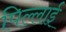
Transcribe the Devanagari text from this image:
पिल्लाई